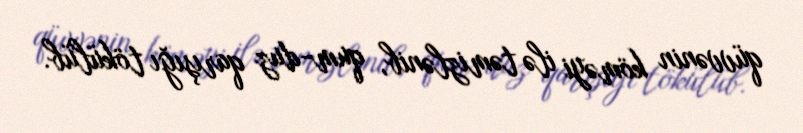
qüvvənin köməyi ilə təmizlənib, qum-duz qarışığı tökülüb.